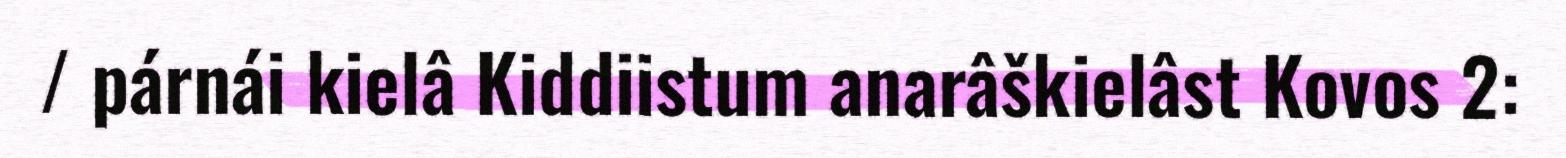
/ párnái kielâ Kiddiistum anarâškielâst Kovos 2: